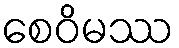
စေဝိမဿ